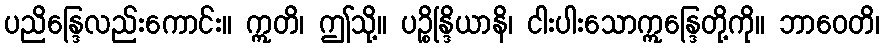
ပညိန္ဒြေလည်းကောင်း။ ဣတိ၊ ဤသို့။ ပဉ္စိန္ဒြိယာနိ၊ ငါးပါးသောဣန္ဒြေတို့ကို။ ဘာဝေတိ၊